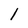
Character: 1